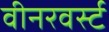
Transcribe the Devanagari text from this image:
वीनरवर्स्ट